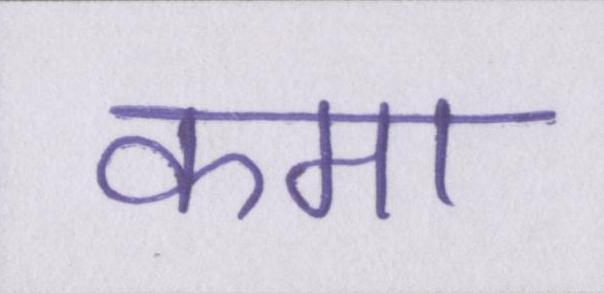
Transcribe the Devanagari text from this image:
कमा